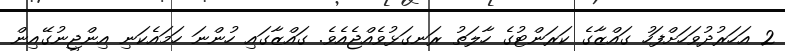
2 އަހަރުދުވަހަށްފަހު ގައްޒާގެ ކަރަންޓުގެ ހާލަތު ރަނގަޅުވެއްޖެއެވެ. ގައްޒާގައި ހުންނަ ހަމައެކަނި އިންޖީނުގޭއިން